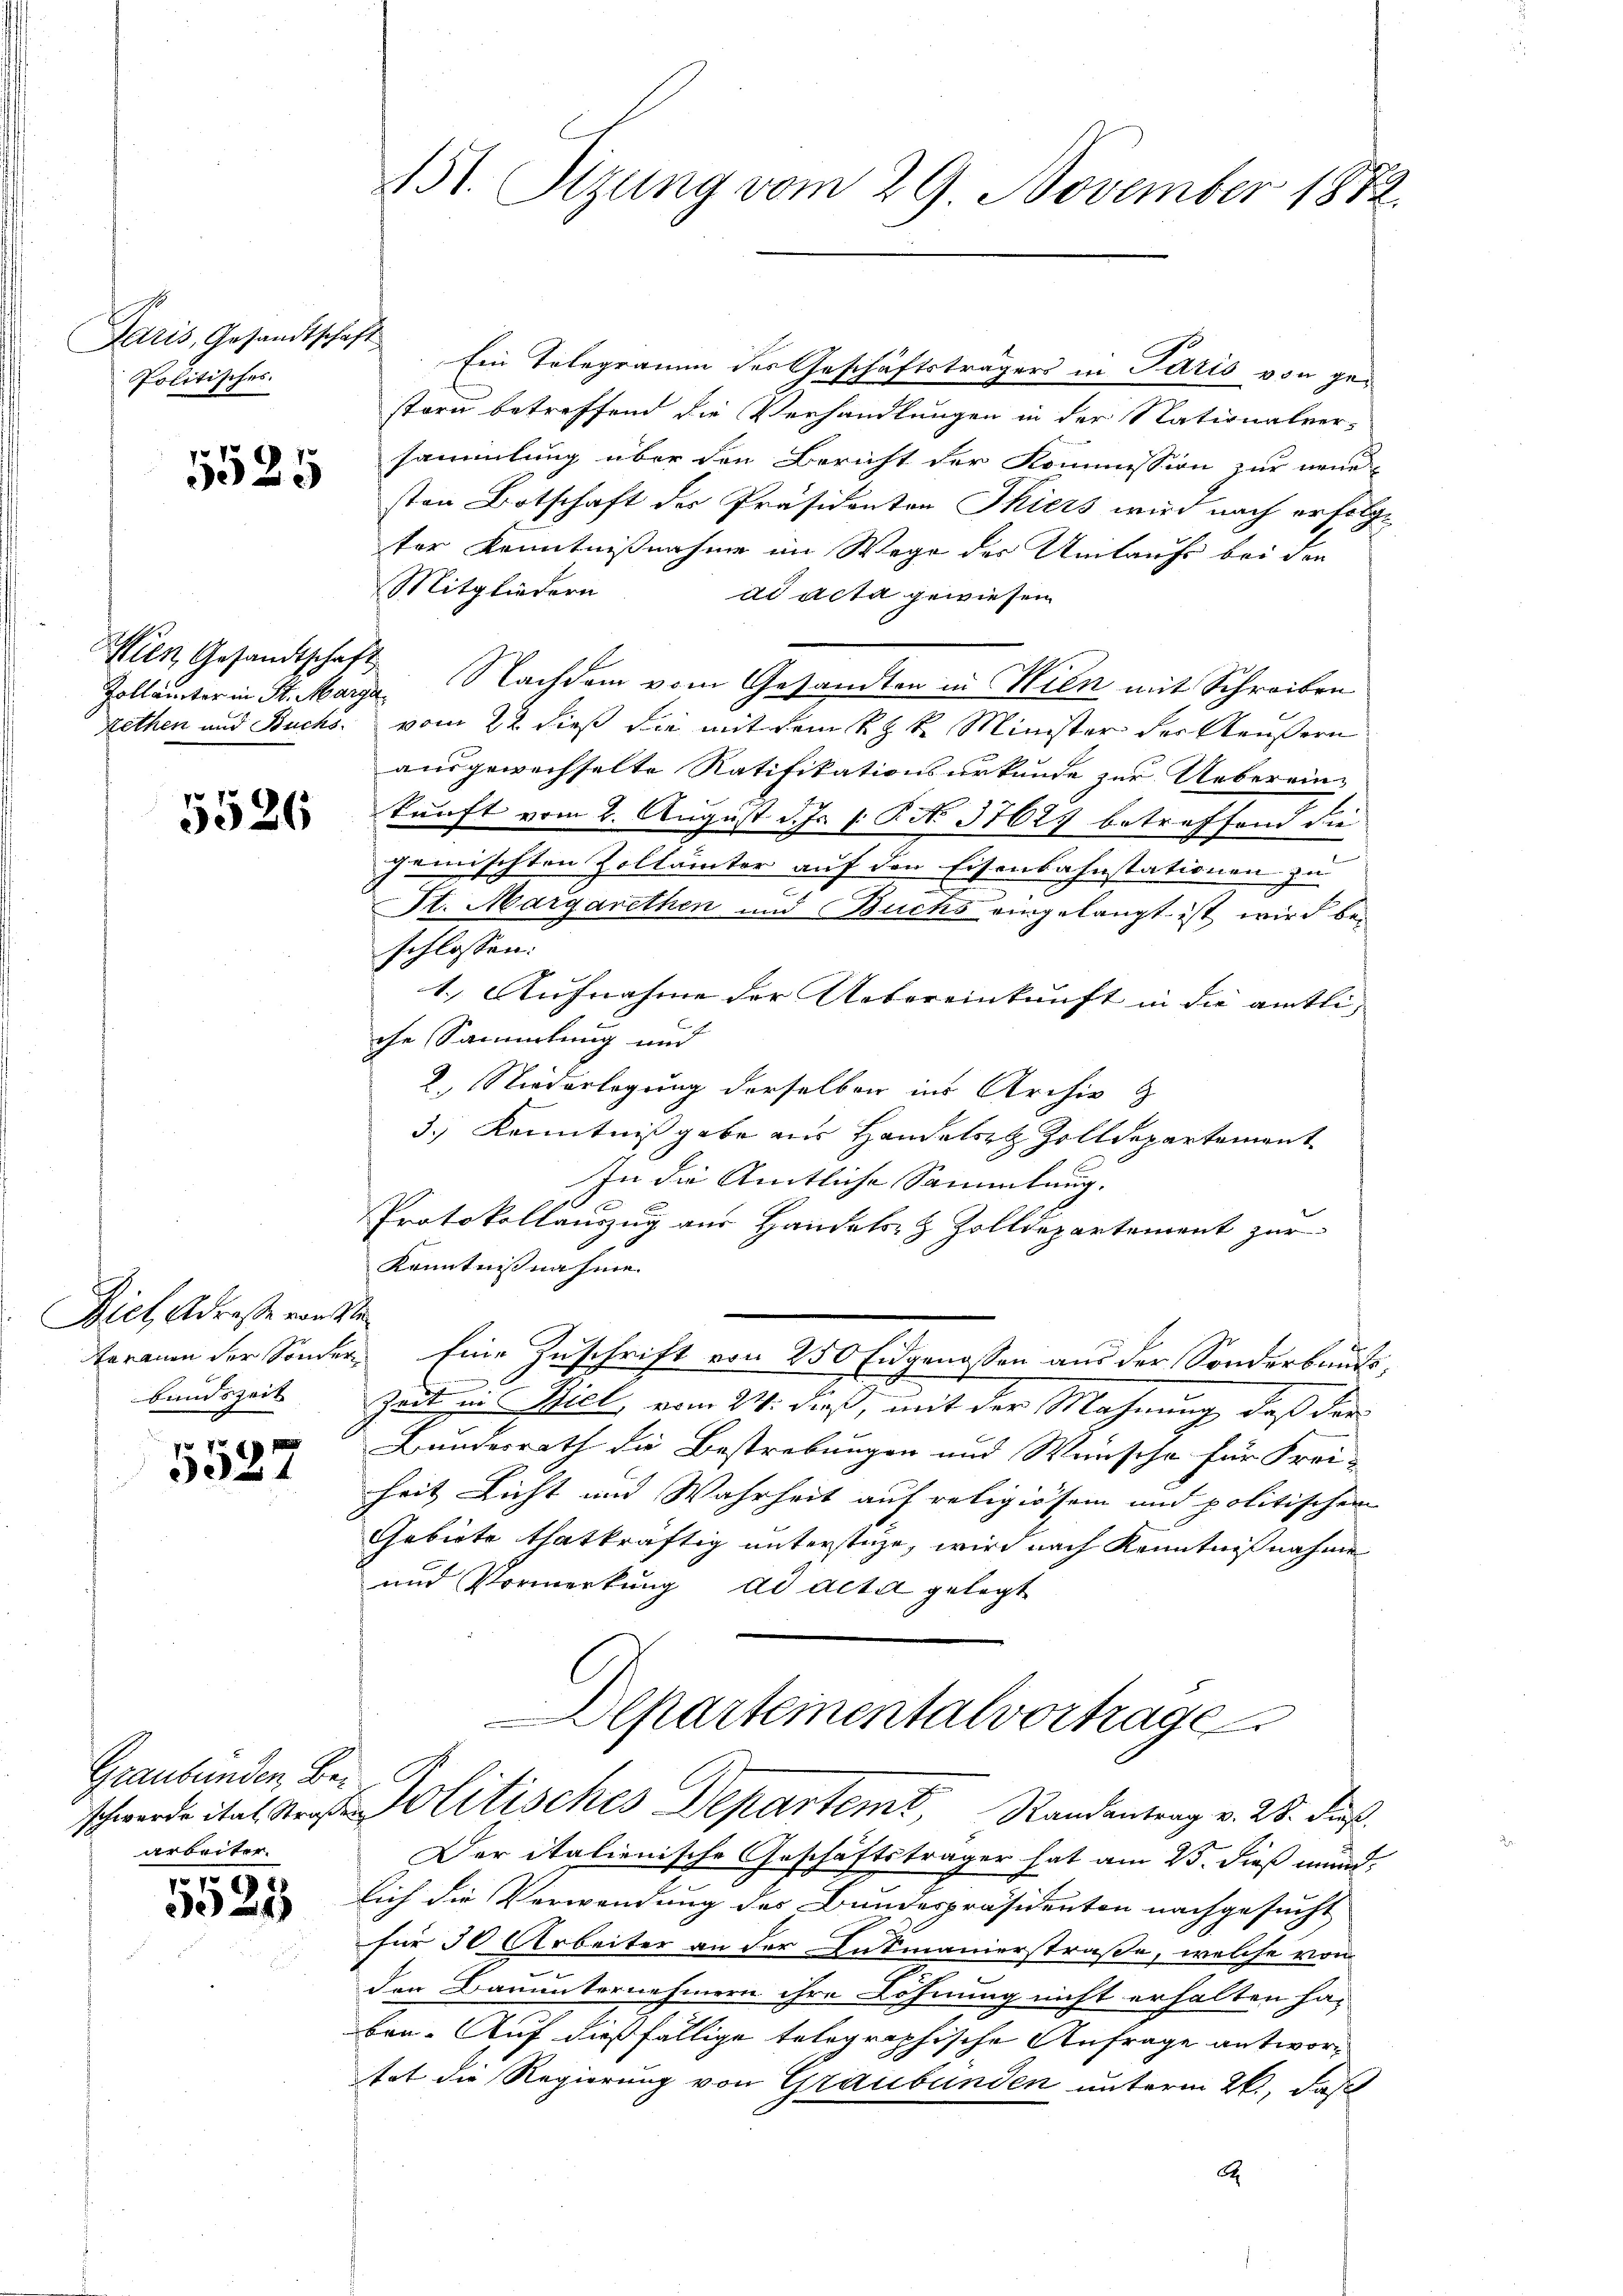
Paris, Gesandtschaft
Politisches.

5525

Zollämter in St. Marga
Rethen und Buchs.

5526

Biel, Adresse vorste
bandszeit

5527

Graubünden Bearbeiter.

010
25

151. Sizung vom 29. November 1872.

Ein Telegramm des Geschäftsträgers in Paris von gestaru betreffend die Verhandlungen in der Nationalver-
sammlung über den Bericht der Kommission zur neue
sten Botschaft der Präsidenten Thiers wird nach erfolge
ter Kenntnißnahme im Wege des Untaufs bei den
Mitgliedern
dd acta gewiesen
Wien Gesandtschaft. Nachdem vom Gesandten in Wien mit Schreiben
vom 22. dieß die mit dem k. k. Minister der Aeußern
ausgewechselte Ratifikationsurkunde zur Ueberein-
kunft vom 2. August d. Js. s. R. No. 37627 betreffend die
gemischten Zollämter auf den Eisenbahnstationen zu
St. Margarethen und Buchs eingelangt ist wird beschlossen:
1.) Aufnahme der Uebereinkunft in die amtliche Sammlung und
2.) Niederlegung derselben ins Archiv z
3.) Kenntnißgabe aus Handels Zolldepartement
In die Amtliche Sammlung.
90 xx
Protokollauszug aus Handels- & Zolldepartement zur
Kenntnißnahme
tarauen der Sonder Eine Zuschrift von 250 Eidgenossen aus der Sonderbauts,
Zeit in Biel, vom 24. dieß, mit der Mahnung, daß der
Bundesrath die Bestrebungen und Wünsche für Frei-
heit Licht und Wahrheit auf religiösem und politischen
Gebiete thatkräftig unterstehe, wird nach Kenntnißnahme
und Vormerkung ad acta gelegt
Departeinentalvertrage
schwerde ital Arg. Politisches Departemt, Standentrag v. 28. dieß
Der italienische Geschäftsträger hat am 25. dieß mund-
lich die Verwendung des Bundespräsidenten nachgesucht
für 30 Arbeiter an der Entmanierstraße, welche von
den Bauunternehmern ihre Löhnung nicht erhalten ha-
ben. Auf dießfällige telegraphische Anfrage antwortat die Regierung von Graubünden unterm 26., daß
A.